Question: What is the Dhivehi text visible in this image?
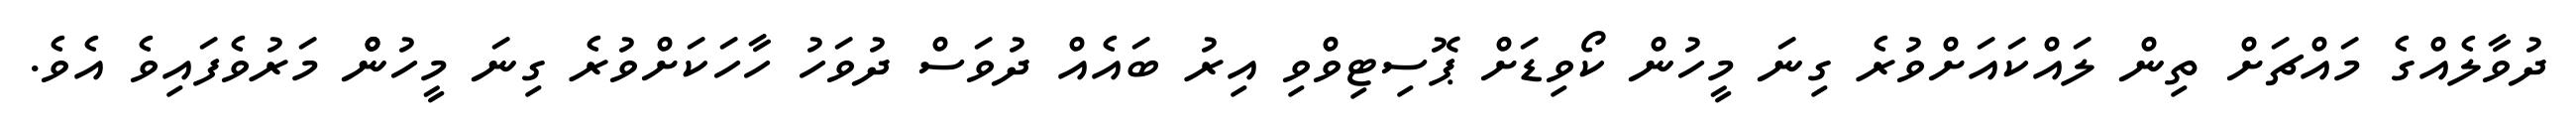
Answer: ދުވާލެއްގެ މައްޗަށް ތިން ލައްކައަށްވުރެ ގިނަ މީހުން ކޯވިޑަށް ޕޮސިޓިވްވި އިރު ބައެއް ދުވަސް ދުވަހު ހާހަކަށްވުރެ ގިނަ މީހުންް މަރުވެފައިވެ އެވެ.